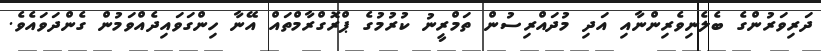
ދަރިވަރުންގެ ބެލެނިވެރިންނާއި އަދި މުދައްރިސުން ތަމްރީނު ކުރުމުގެ ޕްރޮގްރާމްތައް އޭނާ ހިންގަވައިދެއްވަމުން ގެންދަވައެވެ.